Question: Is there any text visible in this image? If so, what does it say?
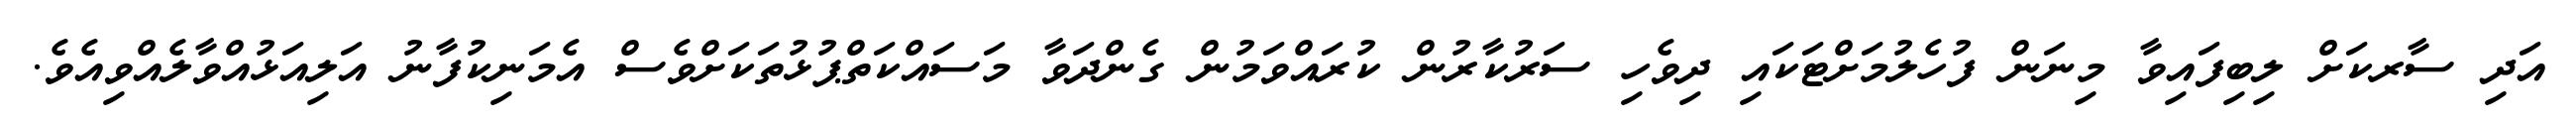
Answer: އަދި ސާރކަށް ލިބިފައިވާ މިނަން ފުހެލުމަށްޓަކައި ދިވެހި ސަރުކާރުން ކުރައްވަމުން ގެންދަވާ މަސައްކަތްޕުޅުތަކަށްވެސް އެމަނިކުފާނު އަލިއަޅުއްވާލެއްވިއެވެ.